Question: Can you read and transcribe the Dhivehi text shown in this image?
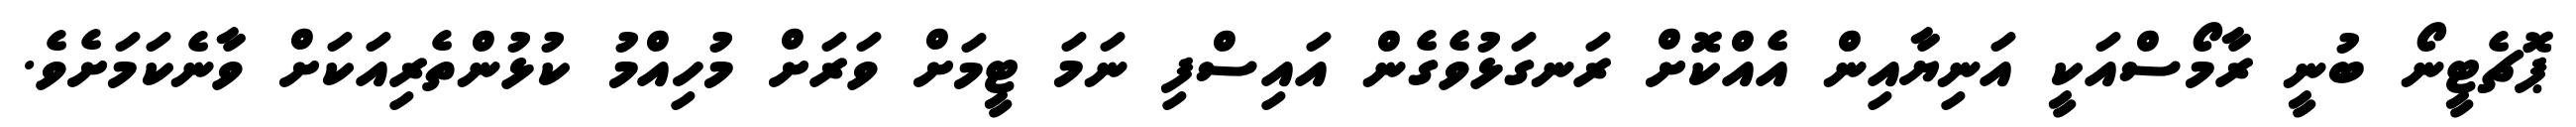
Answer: ޕޮޗެޓީނޯ ބުނީ ރާމޯސްއަކީ އަނިޔާއިން އެއްކޮށް ރަނގަޅުވެގެން އައިސްފި ނަމަ ޓީމަށް ވަރަށް މުހިއްމު ކުޅުންތެރިއަކަށް ވާނެކަމަށެވެ.